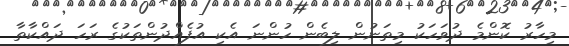
މިހާރު ކޮންމެ ދުވަހަކު މިތަނުން ލިބެން ހުންނަ އެކި އުފެއްދުންތަކުގެ ރަހަ ދައްކާތާ